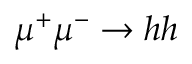
\mu ^ { + } \mu ^ { - } \to h h